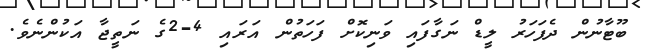
ބޫޓާނުން ދެފަހަރު ލީޑް ނަގާފައި ވަނިކޮށް ފަހަތުން އަރައި 4-2ގެ ނަތީޖާ އަކުންނެވެ.